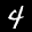
Label: 4